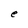
Character: e